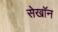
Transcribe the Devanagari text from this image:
सेखॉन